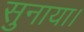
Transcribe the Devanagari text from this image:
सुनाया।